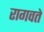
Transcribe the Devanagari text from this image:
रागवते